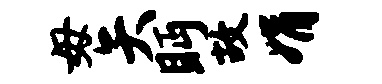
毋矢眄故娟